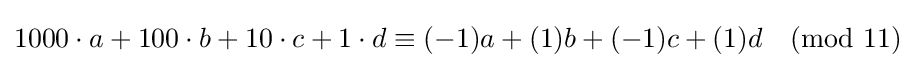
1000\cdot a+100\cdot b+10\cdot c+1\cdot d\equiv (-1)a+(1)b+(-1)c+(1)d{\pmod {11}}